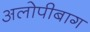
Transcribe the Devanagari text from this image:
अलोपीबाग